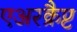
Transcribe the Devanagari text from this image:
एअरक्रैप्ट